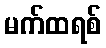
မက်ထရစ်